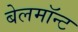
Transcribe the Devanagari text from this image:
बेलमॉन्ट